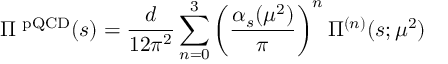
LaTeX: \Pi ^ { \mathrm { \scriptsize ~ p Q C D } } ( s ) = \frac { d } { 1 2 \pi ^ { 2 } } \sum _ { n = 0 } ^ { 3 } \left( \frac { \alpha _ { s } ( \mu ^ { 2 } ) } { \pi } \right) ^ { n } \Pi ^ { ( n ) } ( s ; \mu ^ { 2 } )